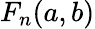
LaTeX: F_{n}(a,b)